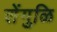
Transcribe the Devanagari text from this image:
शेंगुळि